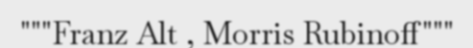
"""Franz Alt , Morris Rubinoff"""